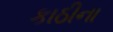
કાઠીના